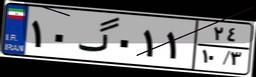
۱۰گ۰۱۱۲۴